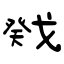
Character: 戣